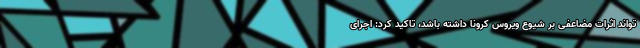
‌تواند اثرات مضاعفی بر شیوع ویروس کرونا داشته باشد، تاکید کرد: اجرای